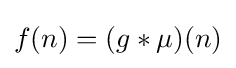
f(n)=(g\ast \mu )(n)